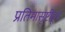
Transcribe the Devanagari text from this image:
प्रतिमासृष्टीहून